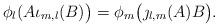
LaTeX: \begin{align*}\phi_l(A\iota_{m,l}(B)\big)=\phi_m\big(\jmath_{l,m}(A)B\big).\end{align*}